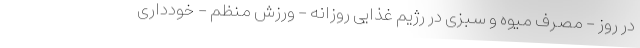
در روز - مصرف میوه و سبزی در رژیم غذایی روزانه - ورزش منظم - خودداری